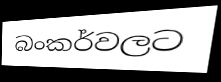
බංකර්වලට